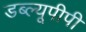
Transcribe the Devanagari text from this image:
डब्ल्यूपीपी